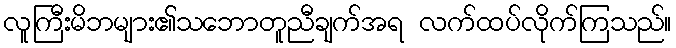
လူကြီးမိဘများ၏သဘောတူညီချက်အရ လက်ထပ်လိုက်ကြသည်။